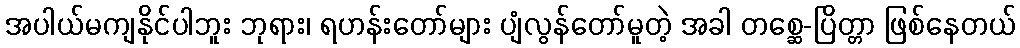
အပါယ်မကျနိုင်ပါဘူး ဘုရား၊ ရဟန်းတော်များ ပျံလွန်တော်မူတဲ့ အခါ တစ္ဆေ-ပြိတ္တာ ဖြစ်နေတယ်